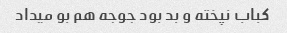
کباب نپخته و بد بود جوجه هم بو میداد